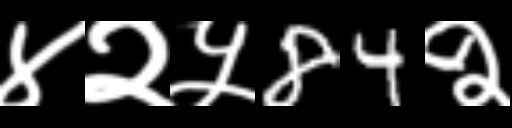
Text: ४२५84२